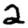
Digit: 2